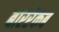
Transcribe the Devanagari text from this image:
बाररेकब